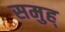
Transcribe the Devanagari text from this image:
समुह्